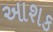
આશક